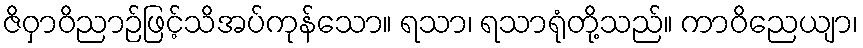
ဇိဝှာဝိညာဉ်ဖြင့်သိအပ်ကုန်သော။ ရသာ၊ ရသာရုံတို့သည်။ ကာဝိညေယျာ၊